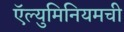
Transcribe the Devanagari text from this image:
ऍल्युमिनियमची